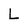
Character: L